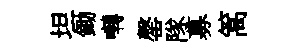
坦鋤囀罄隊募篙